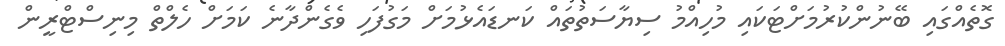
ގޮތެއްގައި ބޭނުންކުރުމަށްޓަކައި މުހިއްމު ސިޔާސަތުތައް ކަނޑައެޅުމަށް މަގުފަހި ވެގެންދާނެ ކަމަށް ހެލްތް މިނިސްޓްރީން